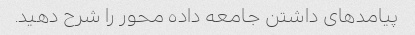
پیامدهای داشتن جامعه داده محور را شرح دهید.